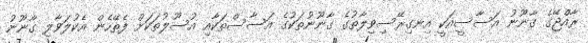
ރާއްޖޭގެ ގާނޫނު އަސާސީއަކީ އިނގިރޭސިވިލާތުގެ ގާނޫނުތަކުގެ އަސާސްތަކާއި އުސޫލުތަކަށް ފެތޭހެން އެކުލަވާލި ގާނޫނު